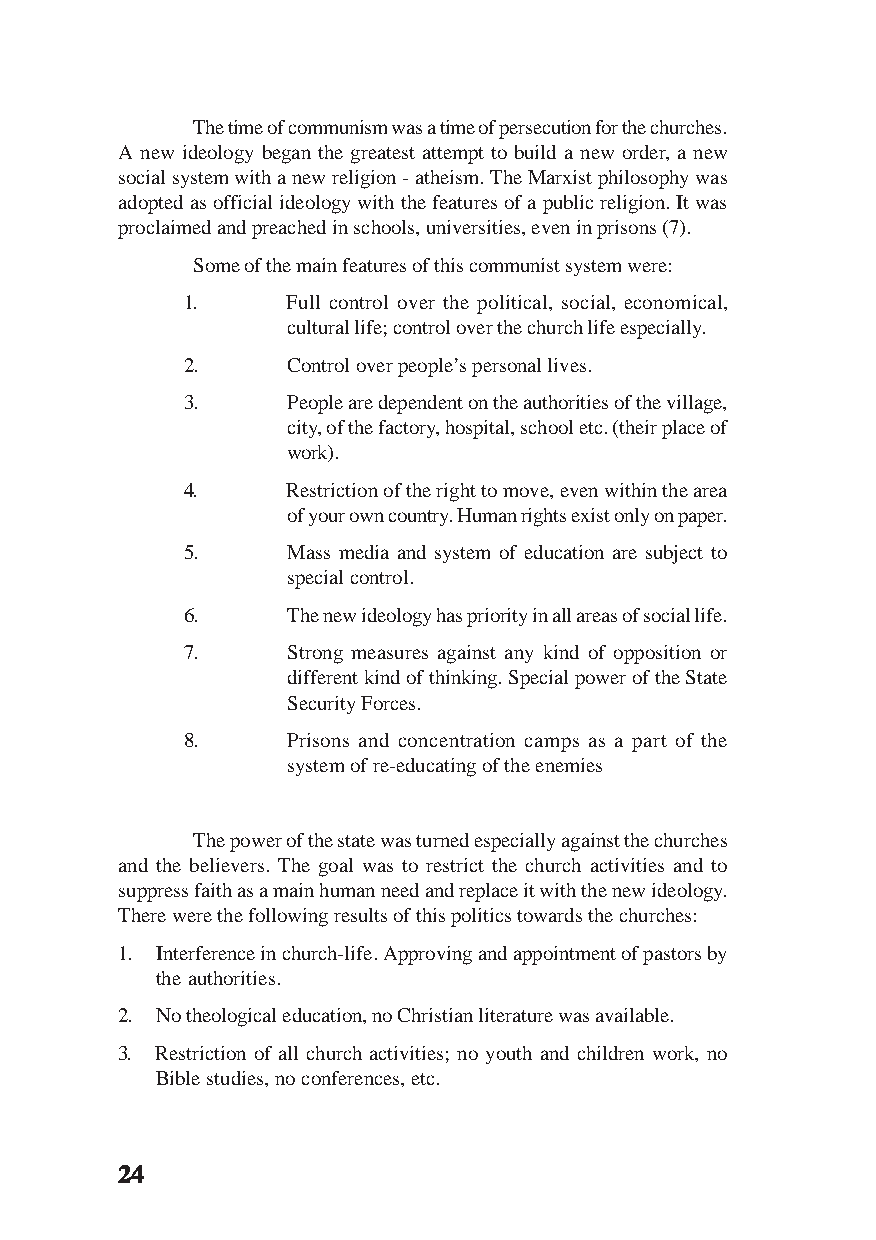
The time of communism was a time of persecution for the churches.
 A new ideology began the greatest attempt to build a new order, a new
 social system with a new religion - atheism. The Marxist philosophy was
 adopted as official ideology with the features of a public religion. It was
 proclaimed and preached in schools, universities, even in prisons (7).
 Some of the main features of this communist system were:
 1.     Full control over the political, social, economical,
 cultural life; control over the church life especially.
 2.     Control over people’s personal lives.
 3.     People are dependent on the authorities of the village,
 city, of the factory, hospital, school etc. (their place of
 work).
 4.     Restriction of the right to move, even within the area
 of your own country. Human rights exist only on paper.
 5.     Mass media and system of education are subject to
 special control.
 6.     The new ideology has priority in all areas of social life.
 7.     Strong measures against any kind of opposition or
 different kind of thinking. Special power of the State
 Security Forces.
 8.     Prisons and concentration camps as a part of the
 system of re-educating of the enemies
 The power of the state was turned especially against the churches
 and the believers. The goal was to restrict the church activities and to
 suppress faith as a main human need and replace it with the new ideology.
 There were the following results of this politics towards the churches:
 1. Interference in church-life. Approving and appointment of pastors by
 the authorities.
 2. No theological education, no Christian literature was available.
 3. Restriction of all church activities; no youth and children work, no
 Bible studies, no conferences, etc.
 2222244444